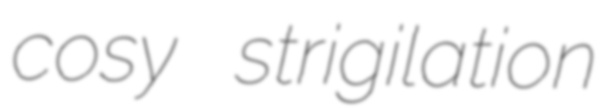
cosy strigilation